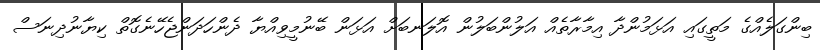
ބިންގަލެއްގެ މަތީގައި އަޅަމުންދާ އިމާރާތެއް އަލުންބަލުން އޮލަނބަށް އަޅަން ބޭނުމީވިއްޔާ ދެންހަދަންޖެހޭނެގޮތް ކިޔާނުދިނަސް